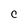
Character: C